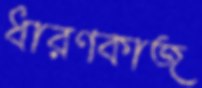
ধারণকাজ